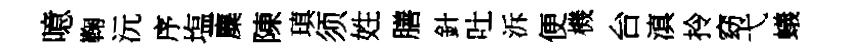
噫鞠沅序塩麋陳瑱须姓膳針吐泝便機台滇拎窈弋蟻